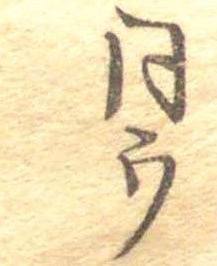
同ウ